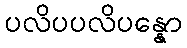
ပလိပပလိပန္နော